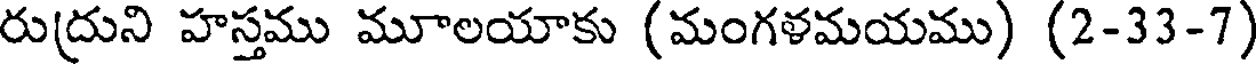
రుద్రుని హస్తము మూలయాకు (మంగళమయము) (2-33-7)